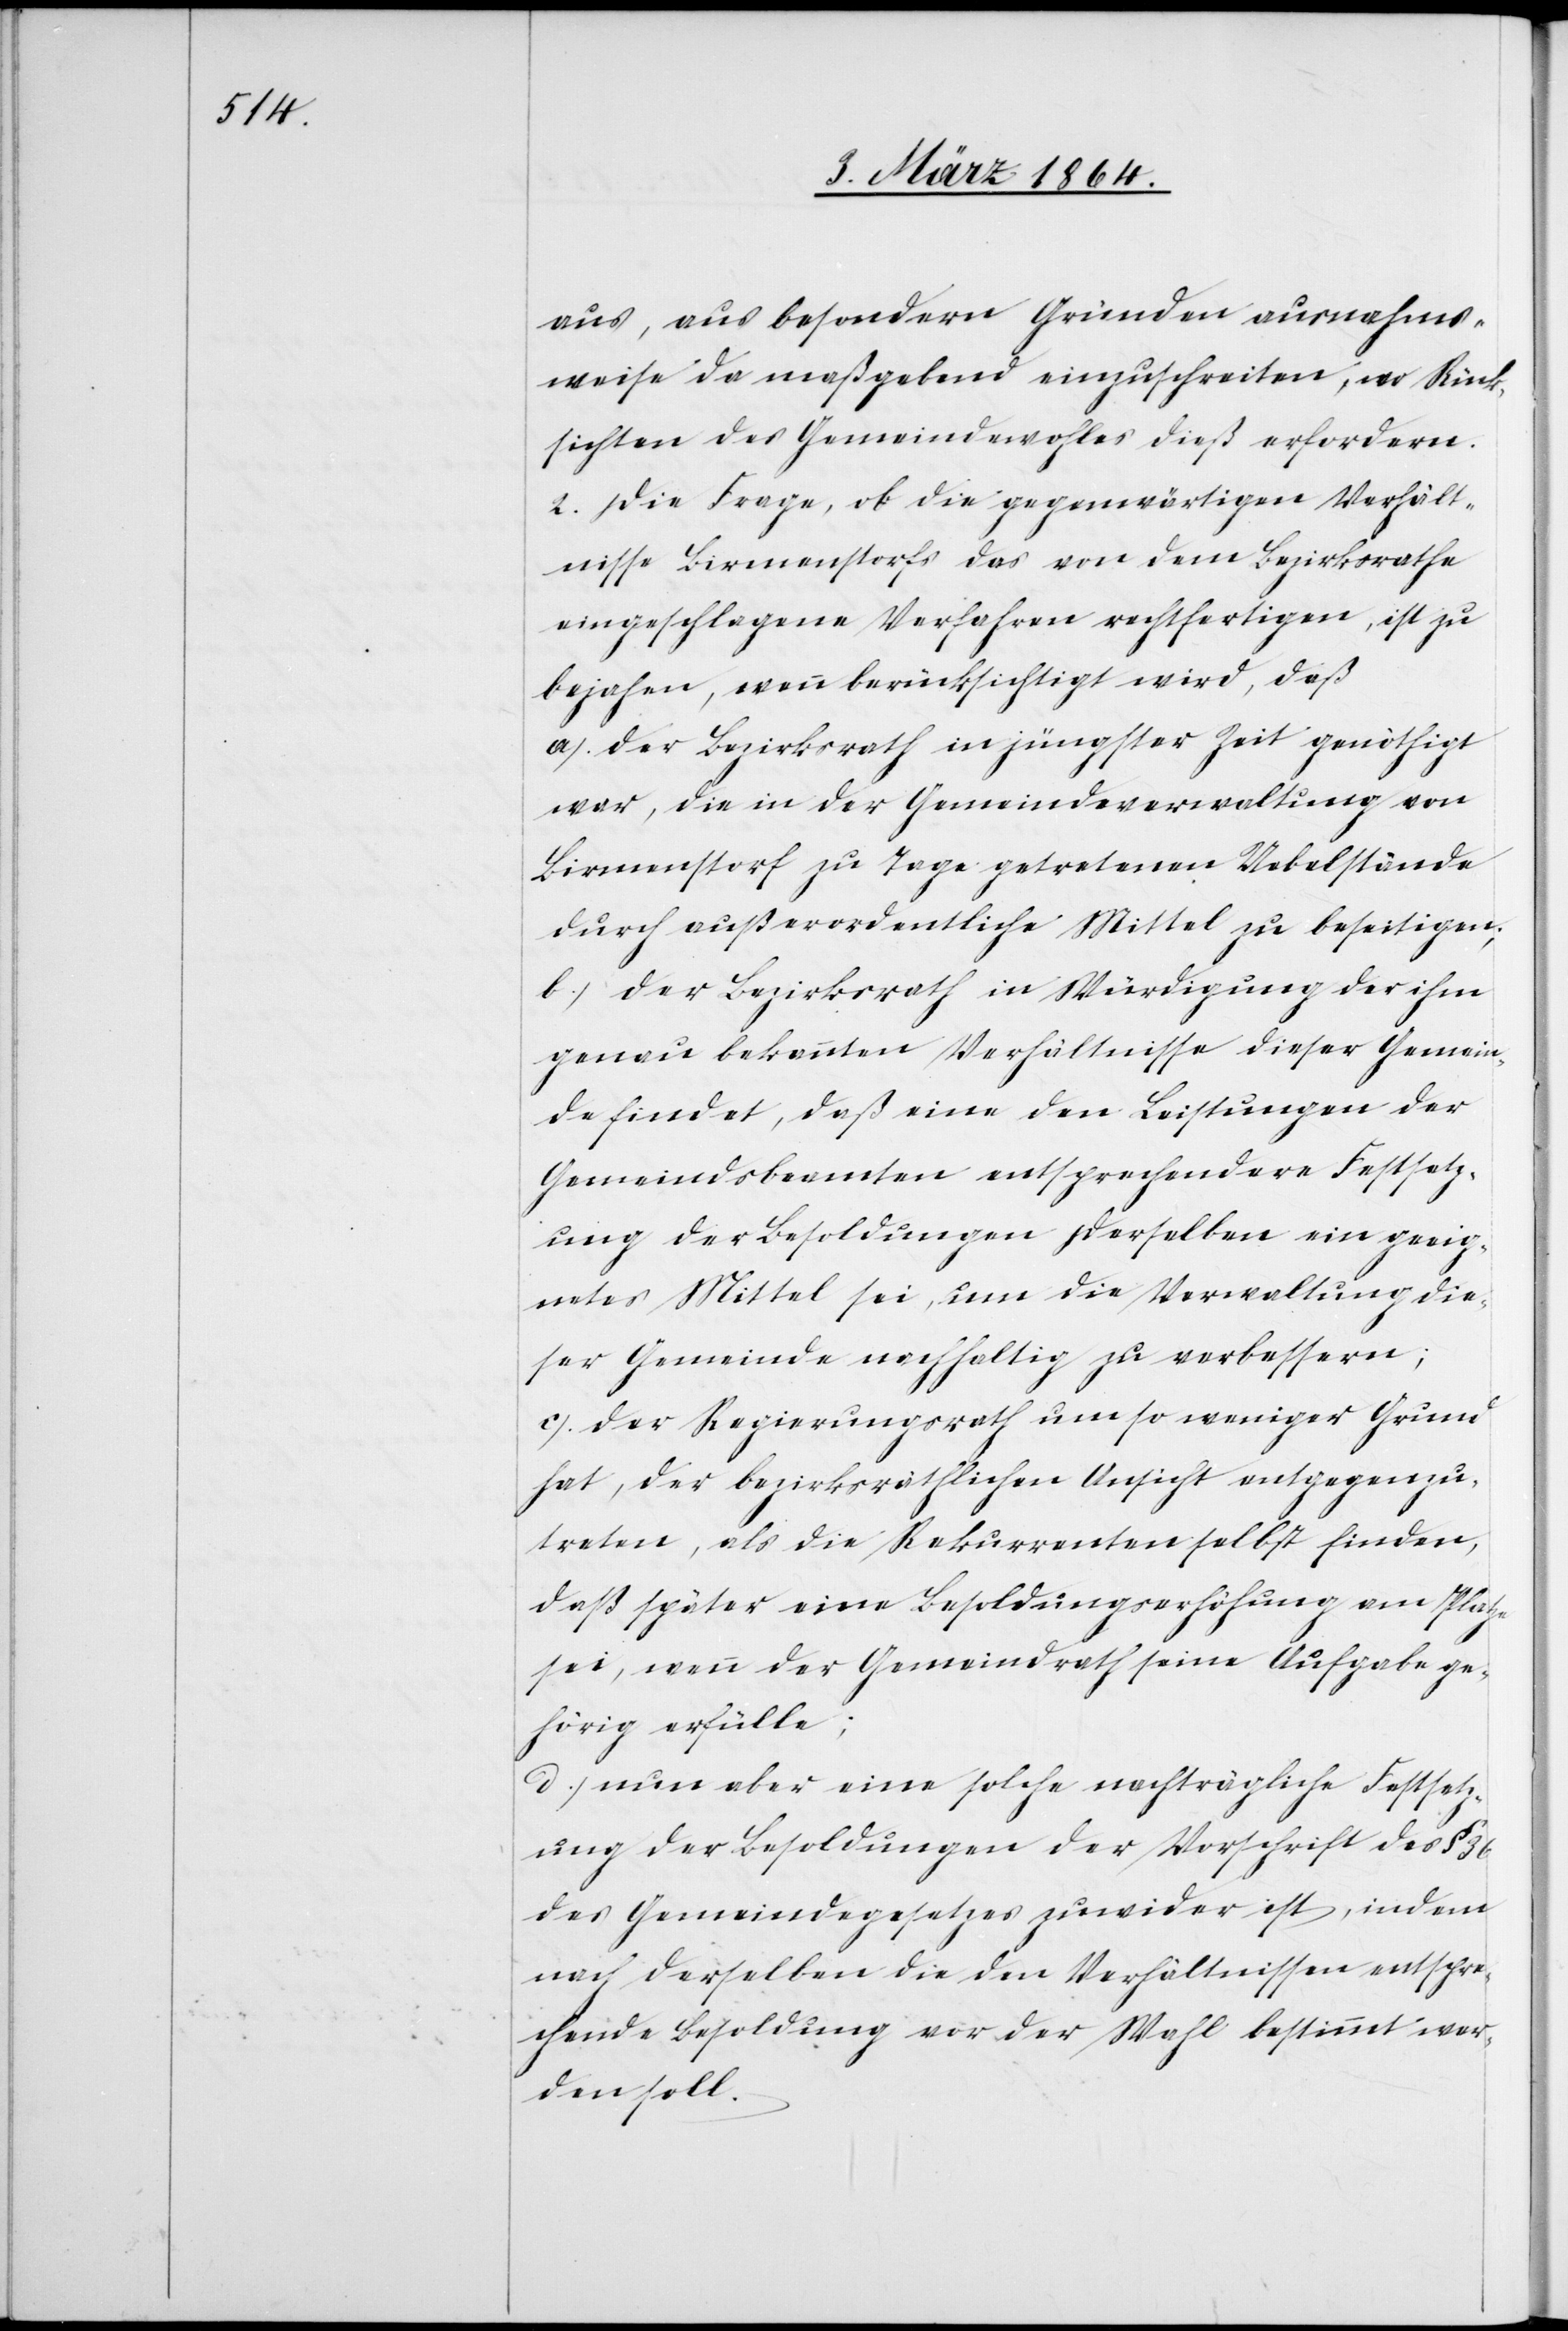
aus, aus besondern Gründen ausnahms¬
weise da maßgebend einzuschreiten, wo Rück¬
sichten des Gemeindewohles dieß erfordern.
2. Die Frage, ob die gegenwärtigen Verhält¬
nisse Birmenstorfs das von dem Bezirksrathe
eingeschlagene Verfahren rechtfertigen, ist zu
bejahen, wenn berücksichtigt wird, daß
a.) der Bezirksrath in jüngster Zeit genöthigt
war, die in der Gemeindeverwaltung von
Birmenstorf zu Tage getretenen Uebelstände
durch außerordentliche Mittel zu beseitigen;
b.) der Bezirksrath in Würdigung der ihm
genau bekannten Verhältnisse dieser Gemein¬
de findet, daß eine den Leistungen der
Gemeindsbeamten entsprechendere Festsetz¬
ung der Besoldungen derselben ein geeig¬
netes Mittel sei, um die Verwaltung die¬
ser Gemeinde nachhaltig zu verbessern;
c.) der Regierungsrath um so weniger Grund
hat, der bezirksräthlichen Ansicht entgegenzu¬
tereten, als die Rekurrenten selbst finden,
daß später eine Besoldungserhöhung am Platze
sei, wenn der Gemeindrath seine Aufgabe ge¬
hörig erfülle;
d.) nun aber eine solche nachträgliche Festsetz¬
ung der Besoldungen der Vorschrift des § 36
des Gemeindegesetzes zuwider ist, indem
nach derselben die den Verhältnissen entspre¬
chende Besoldung vor der Wahl bestimmt wer¬
den soll.